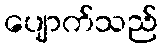
ပျောက်သည်